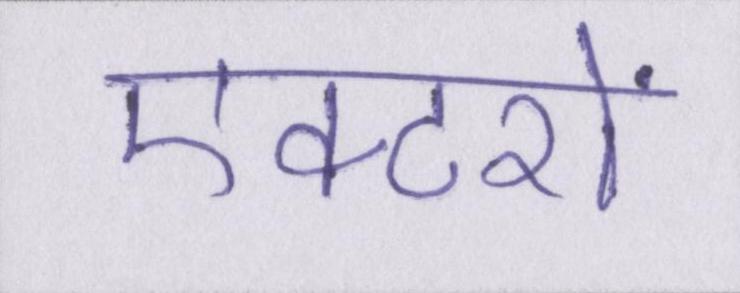
एक्टरों